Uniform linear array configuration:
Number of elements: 12
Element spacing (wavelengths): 0.75
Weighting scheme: kaiser
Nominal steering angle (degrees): -30
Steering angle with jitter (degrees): -28.706
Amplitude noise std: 0.05
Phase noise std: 0.05

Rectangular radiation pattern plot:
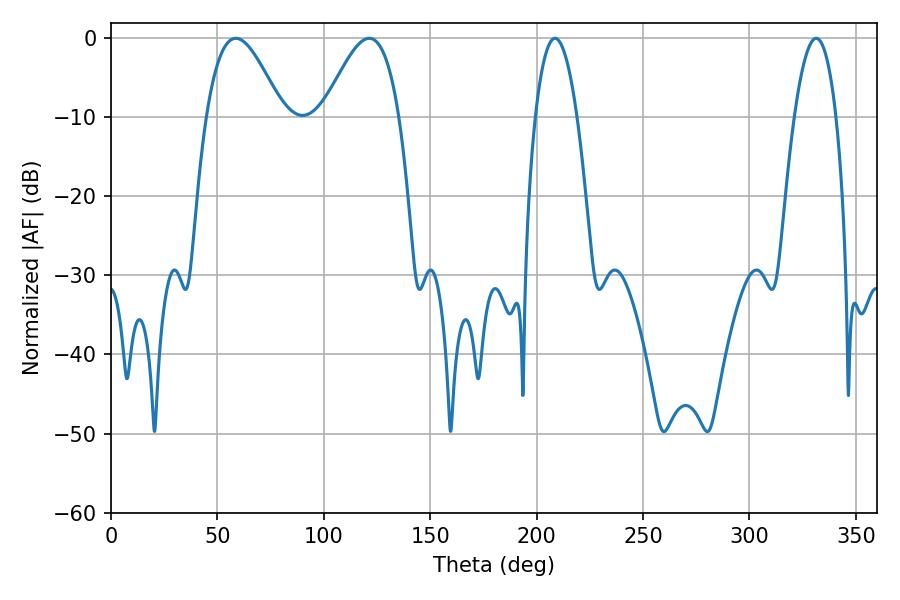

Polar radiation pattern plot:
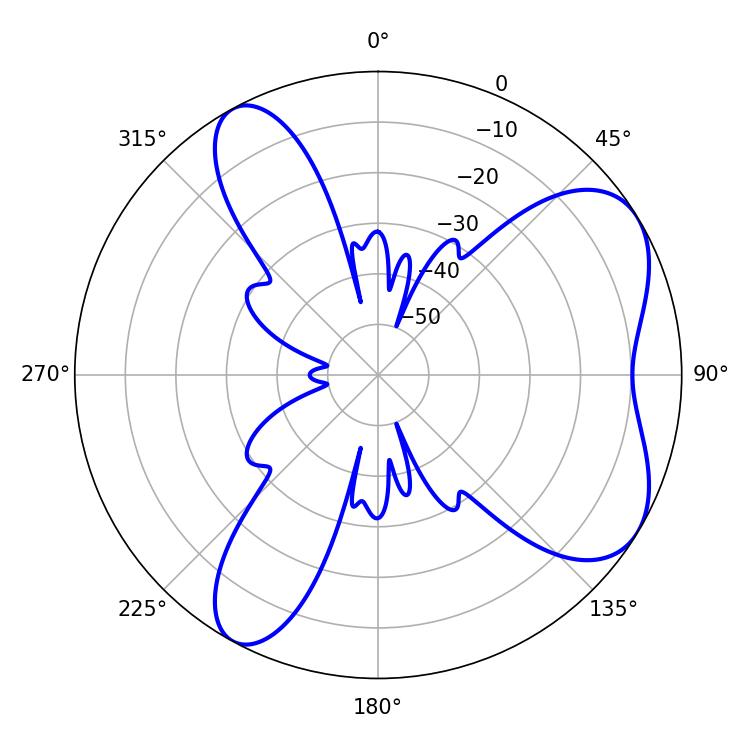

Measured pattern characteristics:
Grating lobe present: TRUE
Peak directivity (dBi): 6.324
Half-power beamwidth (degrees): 19.26
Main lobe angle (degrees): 58.68